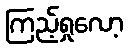
ကြည့်ရှုလော့